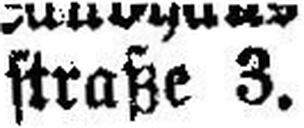
straße 3.